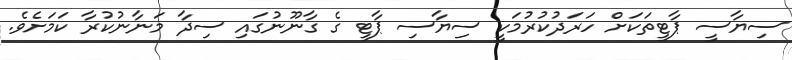
ސިޔާސީ ޕާޓީތަކަށް ހަރަދުކުރުމަކީ ސިޔާސި ޕާޓީ ގެ ގާނޫނުގައި ސިދާ މަނާނުކުރާ ކަމަށެވެ.